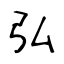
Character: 弘